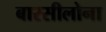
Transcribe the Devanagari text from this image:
बारसीलोना